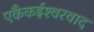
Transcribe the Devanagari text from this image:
एकैकईश्‍वरवाद